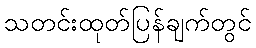
သတင်းထုတ်ပြန်ချက်တွင်